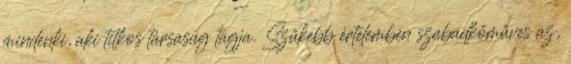
mindenki, aki titkos társaság tagja. Szűkebb értelemben szabadkőműves az,